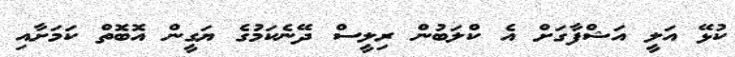
ކުޅޭ އަލީ އަޝްފާގަށް އެ ކްލަބުން ރިލީސް ދޭނެކަމުގެ ޔަގީން އޮބޮތް ކަމަށާއި